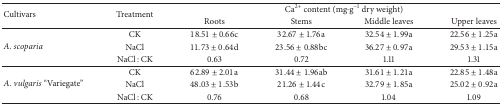
<table><thead><tr><td rowspan="2"><b>Cultivars</b></td><td rowspan="2"><b>Treatment</b></td><td colspan="4"><b>Ca<sup>2+</sup> content (mg·g<sup>−1</sup> dry weight)</b></td></tr><tr><td><b>Roots</b></td><td><b>Stems</b></td><td><b>Middle leaves</b></td><td><b>Upper leaves</b></td></tr></thead><tbody><tr><td rowspan="3"><i>A. scoparia </i></td><td>CK</td><td>18.51 ± 0.66c</td><td>32.67 ± 1.76a</td><td>32.54 ± 1.99a</td><td>22.56 ± 1.25a</td></tr><tr><td>NaCl</td><td>11.73 ± 0.64d</td><td>23.56 ± 0.88bc</td><td>36.27 ± 0.97a</td><td>29.53 ± 1.15a</td></tr><tr><td>NaCl : CK</td><td>0.63</td><td>0.72</td><td>1.11</td><td>1.31</td></tr><tr><td rowspan="3"><i>A. vulgaris </i>“Variegate”</td><td>CK</td><td>62.89 ± 2.01a</td><td>31.44 ± 1.96ab</td><td>31.61 ± 1.21a</td><td>22.85 ± 1.48a</td></tr><tr><td>NaCl</td><td>48.03 ± 1.53b</td><td>21.26 ± 1.44c</td><td>32.79 ± 1.85a</td><td>25.02 ± 0.92a</td></tr><tr><td>NaCl : CK</td><td>0.76</td><td>0.68</td><td>1.04</td><td>1.09</td></tr></tbody></table>